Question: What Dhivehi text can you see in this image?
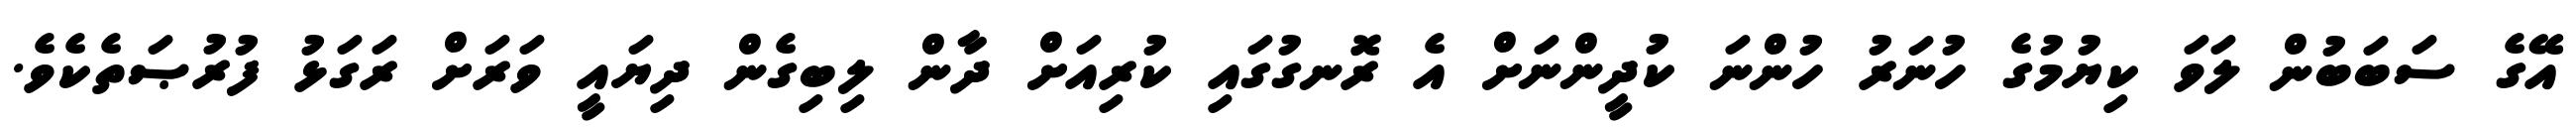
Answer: އޭގެ ސަބަބުން ލަވަ ކިޔުމުގެ ހުނަރު ހުންނަ ކުދީންނަށް އެ ރޮނގުގައި ކުރިއަށް ދާން ލިބިގެން ދިޔައީ ވަރަށް ރަގަޅު ފުރުޞަތެކެވެ.